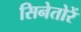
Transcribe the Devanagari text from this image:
सिनेतोरें